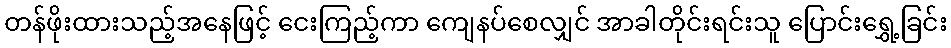
တန်ဖိုးထားသည့်အနေဖြင့် ငေးကြည့်ကာ ကျေနပ်စေလျှင် အာခါတိုင်းရင်းသူ ပြောင်းရွှေ့ခြင်း